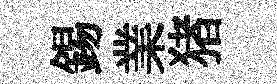
錫業猪